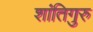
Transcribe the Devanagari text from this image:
शांतिगुरु